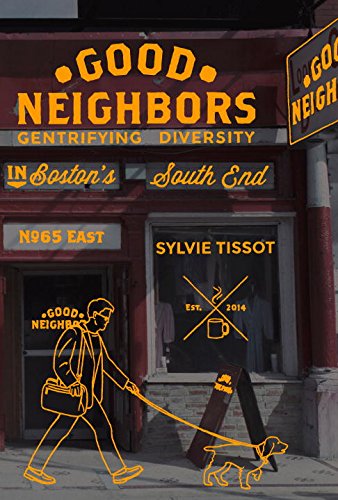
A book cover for Good Neighbors: Gentrifying Diversity in Boston's South End; Sylvie Tissot; Politics & Social Sciences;